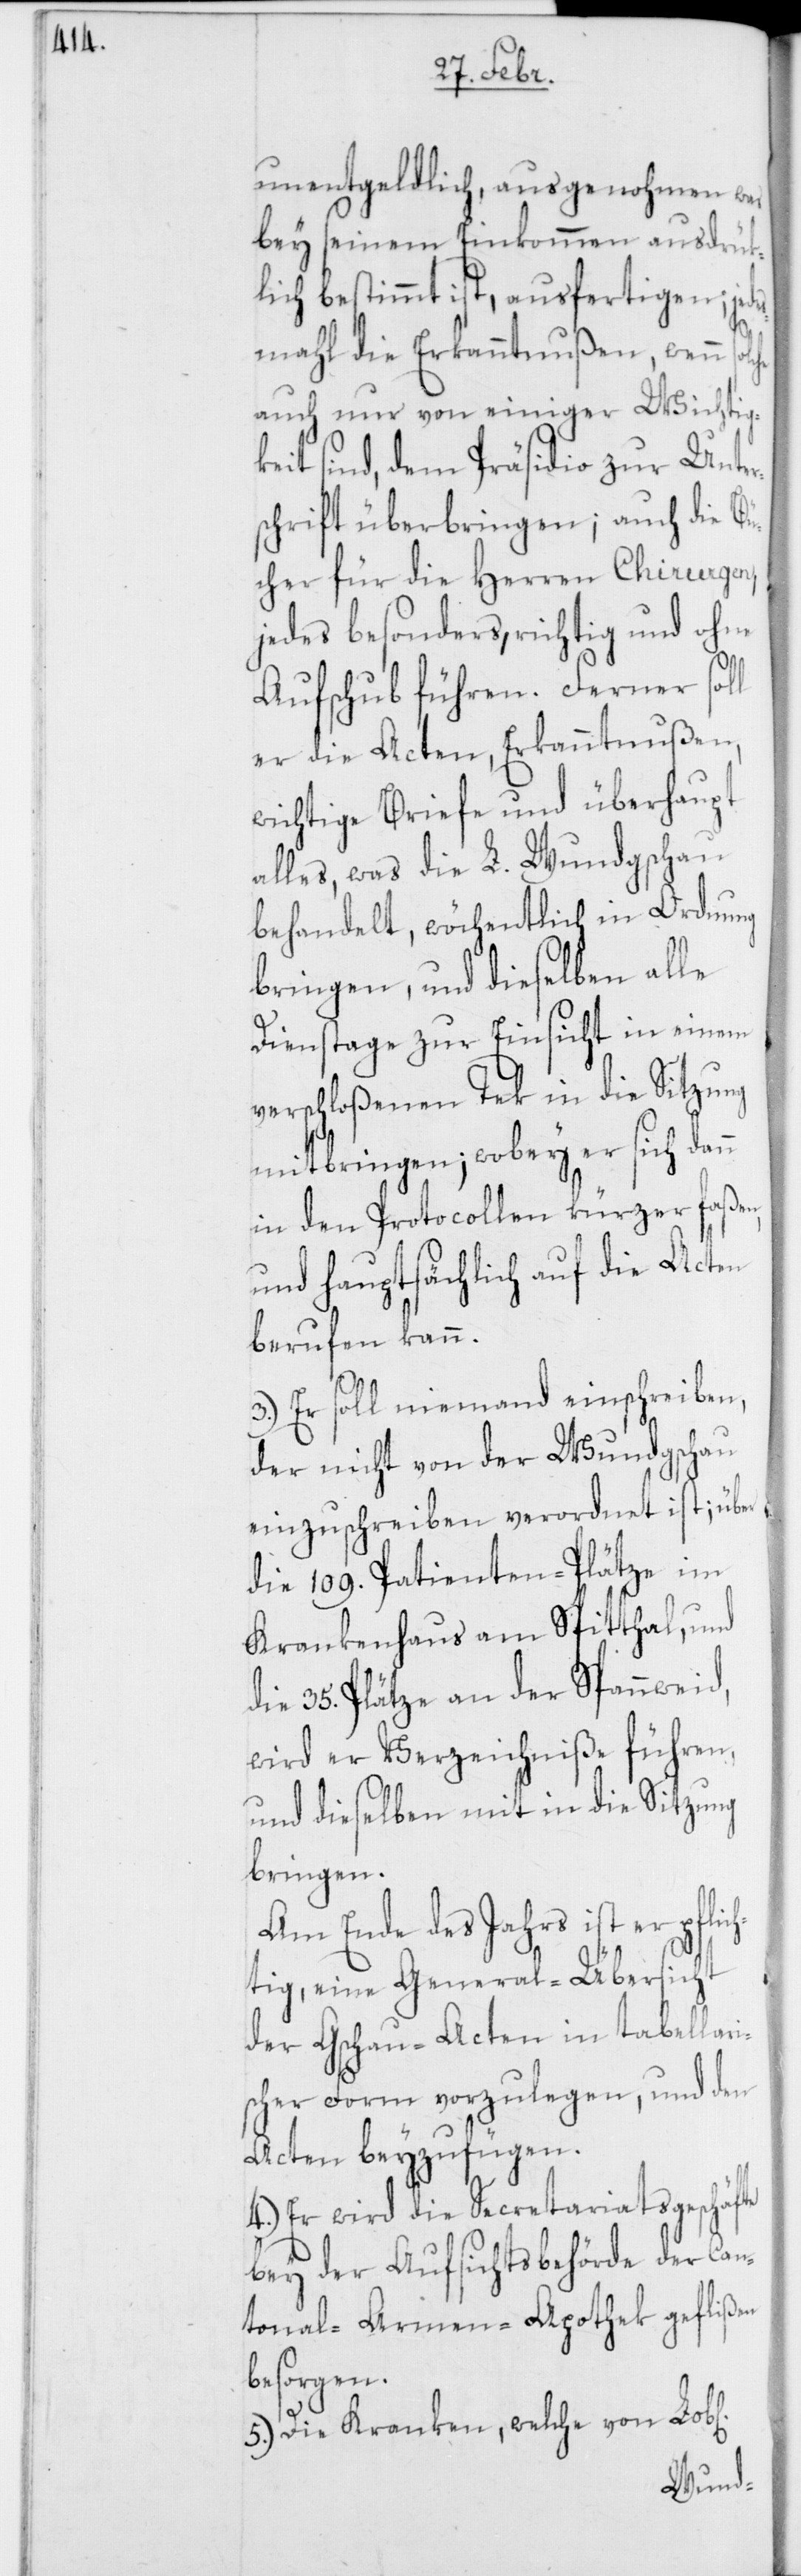
unentgeldlich, ausgenohmen was
bey seinem Einkommen ausdrük¬
lich bestimmt ist, ausfertigen; jed¬
esmahl die Erkanntnußen, wenn
auch nur von einiger Wichtig¬
keit sind, dem Präsidio zur Unter¬
schrift überbringen; auch die Bü¬
cher für die Herren Chirurgen,
jedes besonders, richtig und ohne
Aufschub führen. Ferner soll
er die Acten, Erkanntnußen,
wichtige Briefe und überhaupt
alles, was die L. Wundgschau
behandelt, wöchentlich in Ordnung
bringen, und dieselben alle
Dienstage zur Einsicht in einem
verschloßenen Tek in die Sitzung
mitbringen; wobey er sich dann
in den Protocollen kürzer faßen,
und hauptsächlich auf die Acten
berufen kann.
3.) Er soll niemand einschreiben,
der nicht von der Wundgschau
einzuschreiben verordnet ist; über
die 109. Patienten-Plätze im
Krankenhaus am Spitthal, und
die 35. Plätze an der Spannweid,
wird er Verzeichniße führen,
und dieselben mit in die Sitzung
bringen.
Am Ende des Jahrs ist er pflic¬
htig, eine General-Übersicht
der Gschau-Acten in tabellari¬
scher Form vorzulegen, und den
Acten beyzufügen.
4.) Er wird die Secretariatsgeschäfte
bey der Aufsichtsbehörde der Can¬
tonal-Armen-Apothek geflißen
b[licher]
5.) Die Kranken, welche von Lo¬